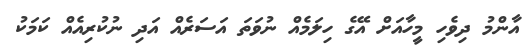
އާންމު ދިވެހި މީހާއަށް އޭގެ ހިލަމެއް ނުވަތަ އަސަރެއް އަދި ނުކުރިއެއް ކަމަކު